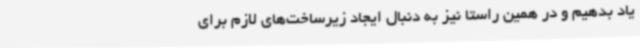
یاد بدهیم و در همین راستا نیز به دنبال ایجاد زیرساخت‌های لازم برای